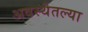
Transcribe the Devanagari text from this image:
अवस्थेतल्या